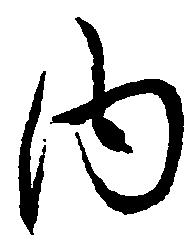
内